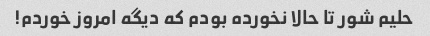
حلیم شور تا حالا نخورده بودم که دیگه امروز خوردم!